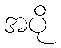
အပို